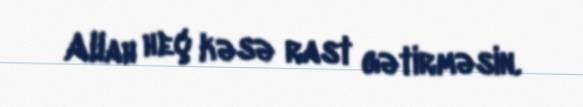
Allah heç kəsə rast gətirməsin.